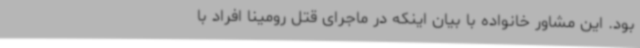
بود. این مشاور خانواده با بیان اینکه در ماجرای قتل رومینا افراد با